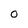
Character: 0